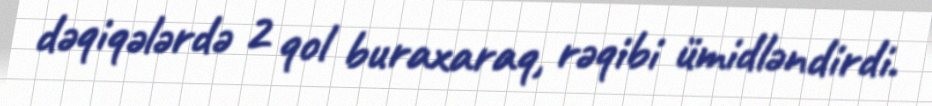
dəqiqələrdə 2 qol buraxaraq, rəqibi ümidləndirdi.